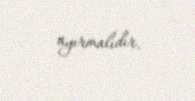
ayırmalıdır.